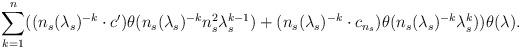
LaTeX: \begin{align*}\sum_{k = 1}^n ((n_s(\lambda_s)^{-k}\cdot c')\theta(n_s(\lambda_s)^{-k}n_s^2\lambda_s^{k - 1}) + (n_s(\lambda_s)^{-k}\cdot c_{n_s})\theta(n_s(\lambda_s)^{-k}\lambda_s^k))\theta(\lambda).\end{align*}